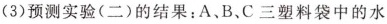
(3)预测实验(二)的结果：A、B、C三塑料袋中的水